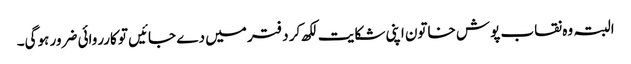
البتہ وہ نقاب پوش خاتون اپنی شکایت لکھ کر دفتر میں دے جائیں تو کارروائی ضرور ہوگی۔